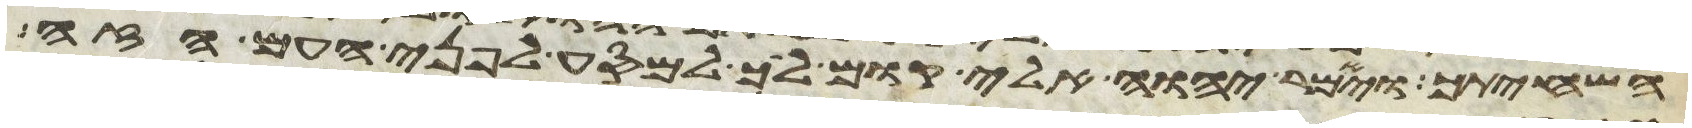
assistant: השחיתך ויאמר יהוה אלי קום לך למסע לפני העם הזה